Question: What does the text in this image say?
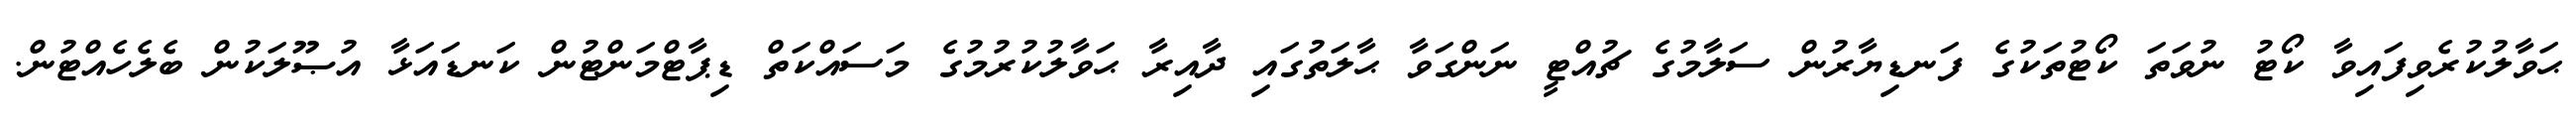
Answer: ޙަވާލުކުރެވިފައިވާ ކޯޓު ނުވަތަ ކޯޓުތަކުގެ ފަނޑިޔާރުން ސަލާމުގެ ޗުއްޓީ ނަންގަވާ ޙާލަތުގައި ދާއިރާ ޙަވާލުކުރުމުގެ މަސައްކަތް ޑިޕާޓްމަންޓުން ކަނޑައަޅާ އުޞޫލަކުން ބެލެހެއްޓުން.